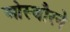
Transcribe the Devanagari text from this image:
ओस्बौरने